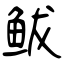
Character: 鲅